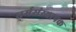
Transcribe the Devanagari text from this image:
धर्मसंस्थापक